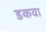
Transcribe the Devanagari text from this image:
डकवा